Lunatic asylums United Provinces 1899-1908 - 1899-1908
Year: 1899
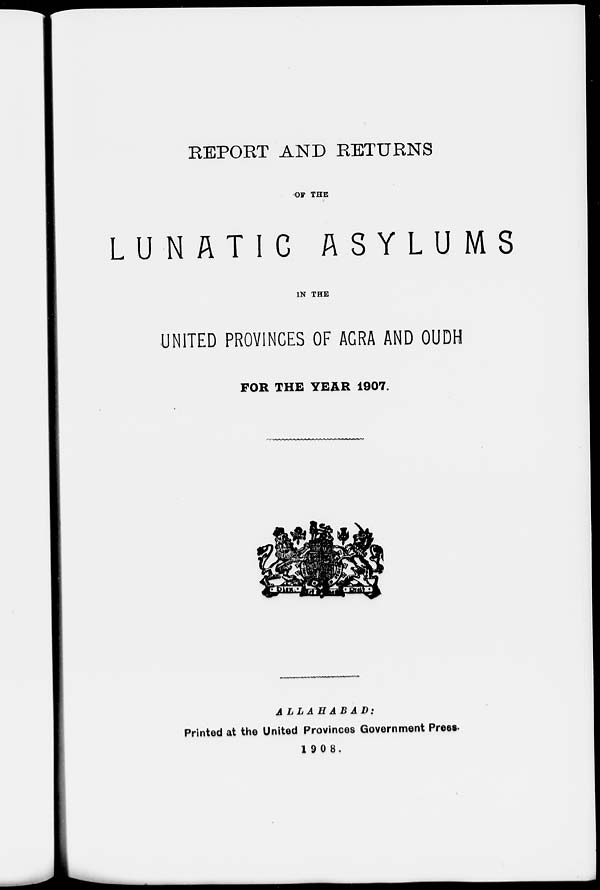
REPORT AND RETURNS
OF THE
LUNATIC
ASYLUMS
IN THE
UNITED PROVINCES OF AGRA AND OUDH
FOR THE YEAR 1907.
ALLAHABAD:
Printed at the United Provinces Government Press.
1908.